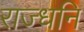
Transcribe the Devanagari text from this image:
राज्धनि